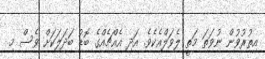
އިތުރުވުން ނުވަތަ މަތީ ލެވަލްއެކެވެ. އަދި އެއްޗެއްގެ ބޮޑު ބަދަލަކަށް ވެސް މި